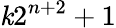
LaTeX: \mathit{k}2^{n+2}+1